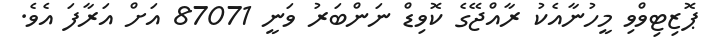
ޕޮޒިޓިވްވި މީހުނާއެކު ރާއްޖޭގެ ކޮވިޑް ނަންބަރު ވަނީ 87071 އަށް އަރާފަ އެވެ.